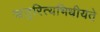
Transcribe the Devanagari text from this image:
ऋतुरित्यभिधीयते